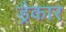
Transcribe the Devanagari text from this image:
ड्रैकार